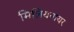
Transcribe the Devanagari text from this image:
मिलियनायर